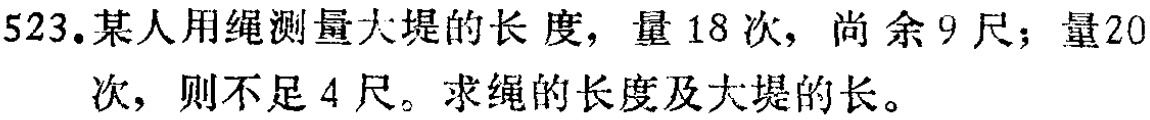
523.某人用绳测量大堤的长度，量18次，尚余9尺；量20次，则不足4尺。求绳的长度及大堤的长。